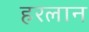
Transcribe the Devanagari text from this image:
हरलान